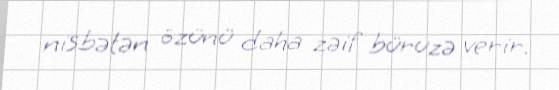
nisbətən özünü daha zəif büruzə verir.